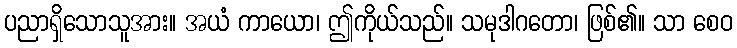
ပညာရှိသောသူအား။ အယံ ကာယော၊ ဤကိုယ်သည်။ သမုဒါဂတော၊ ဖြစ်၏။ သာ စေဝ